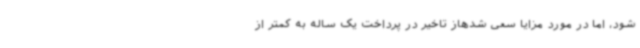
شود، اما در مورد مزایا سعی شدهاز تاخیر در پرداخت یک ساله به کمتر از